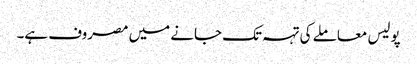
پولیس معاملے کی تہہ تک جانے میں مصروف ہے۔